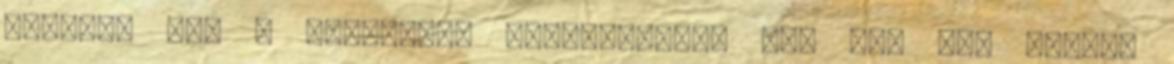
jegyzem meg a mellettem ácsorgóknak. Bár azt sem igazán